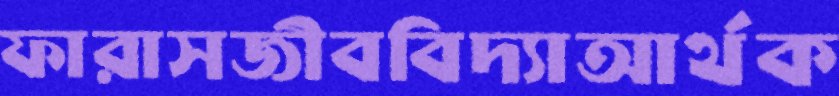
ফারাসজীববিদ্যাআর্থক